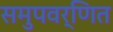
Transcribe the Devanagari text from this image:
समुपवर्णित